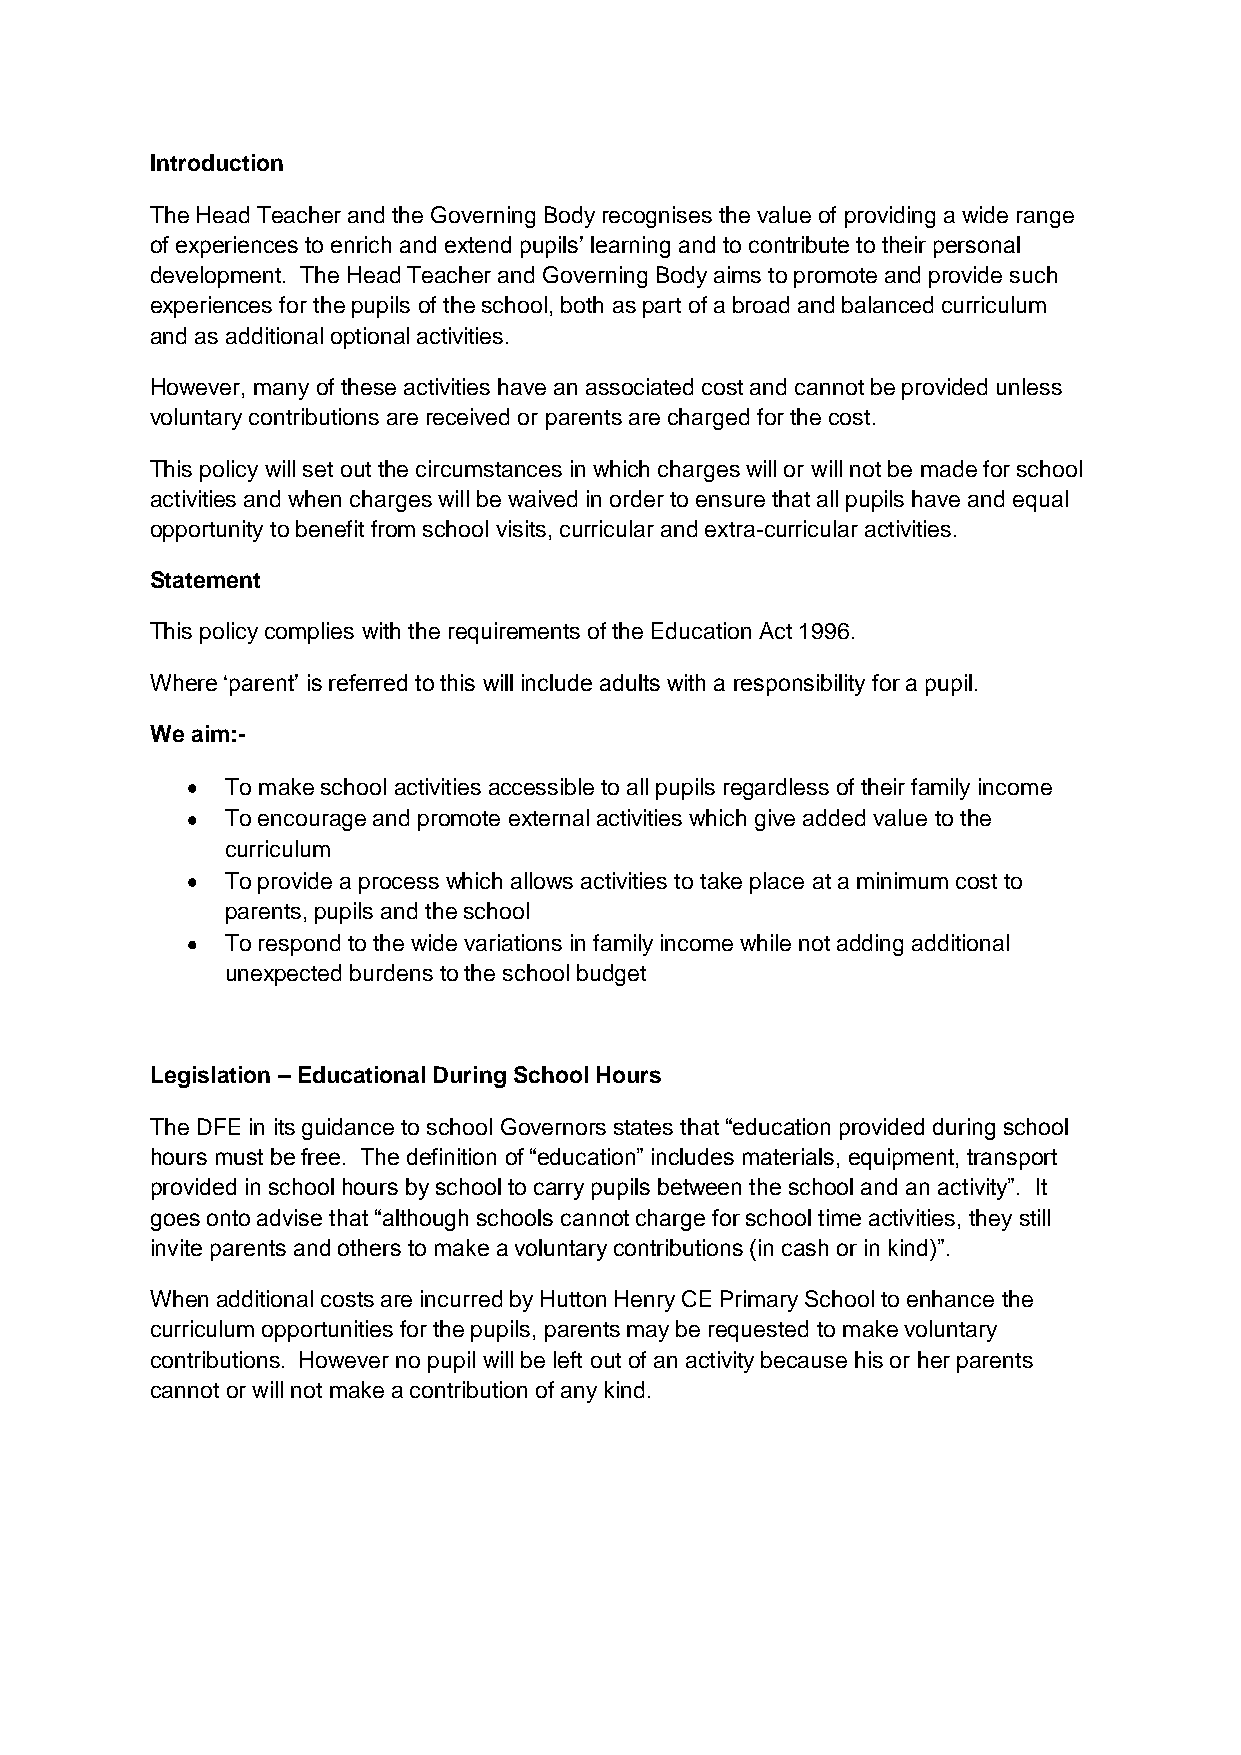
Introduction
 The Head Teacher and the Governing Body recognises the value of providing a wide range
 of experiences to enrich and extend pupils’ learning and to contribute to their personal
 development. The Head Teacher and Governing Body aims to promote and provide such
 experiences for the pupils of the school, both as part of a broad and balanced curriculum
 and as additional optional activities.
 However, many of these activities have an associated cost and cannot be provided unless
 voluntary contributions are received or parents are charged for the cost.
 This policy will set out the circumstances in which charges will or will not be made for school
 activities and when charges will be waived in order to ensure that all pupils have and equal
 opportunity to benefit from school visits, curricular and extra-curricular activities.
 Statement
 This policy complies with the requirements of the Education Act 1996.
 Where ‘parent’ is referred to this will include adults with a responsibility for a pupil.
 We aim:-
 To make school activities accessible to all pupils regardless of their family income
 To encourage and promote external activities which give added value to the
 curriculum
 To provide a process which allows activities to take place at a minimum cost to
 parents, pupils and the school
 To respond to the wide variations in family income while not adding additional
 unexpected burdens to the school budget
 Legislation – Educational During School Hours
 The DFE in its guidance to school Governors states that “education provided during school
 hours must be free. The definition of “education” includes materials, equipment, transport
 provided in school hours by school to carry pupils between the school and an activity”. It
 goes onto advise that “although schools cannot charge for school time activities, they still
 invite parents and others to make a voluntary contributions (in cash or in kind)”.
 When additional costs are incurred by Hutton Henry CE Primary School to enhance the
 curriculum opportunities for the pupils, parents may be requested to make voluntary
 contributions. However no pupil will be left out of an activity because his or her parents
 cannot or will not make a contribution of any kind.